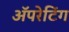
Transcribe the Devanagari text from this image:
ॲपरेटिंग